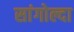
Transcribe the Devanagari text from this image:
सांगोल्दा